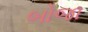
બોજા